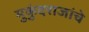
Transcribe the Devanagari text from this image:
मुकुंदराजांचे